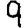
Digit: 9